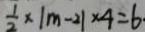
\frac { 1 } { 2 } \times \vert m - 2 \vert \times 4 = 6